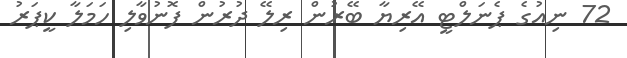
72 ނިއުގެ ޕެނަލްޓީ އޭރިޔާ ބޭރުން ރިލޭ ދުރުން ފޮނުވާލި ހަމަލާ ކީޕަރު